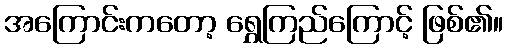
အကြောင်းကတော့ ရွှေကြည်ကြောင့် ဖြစ်၏။